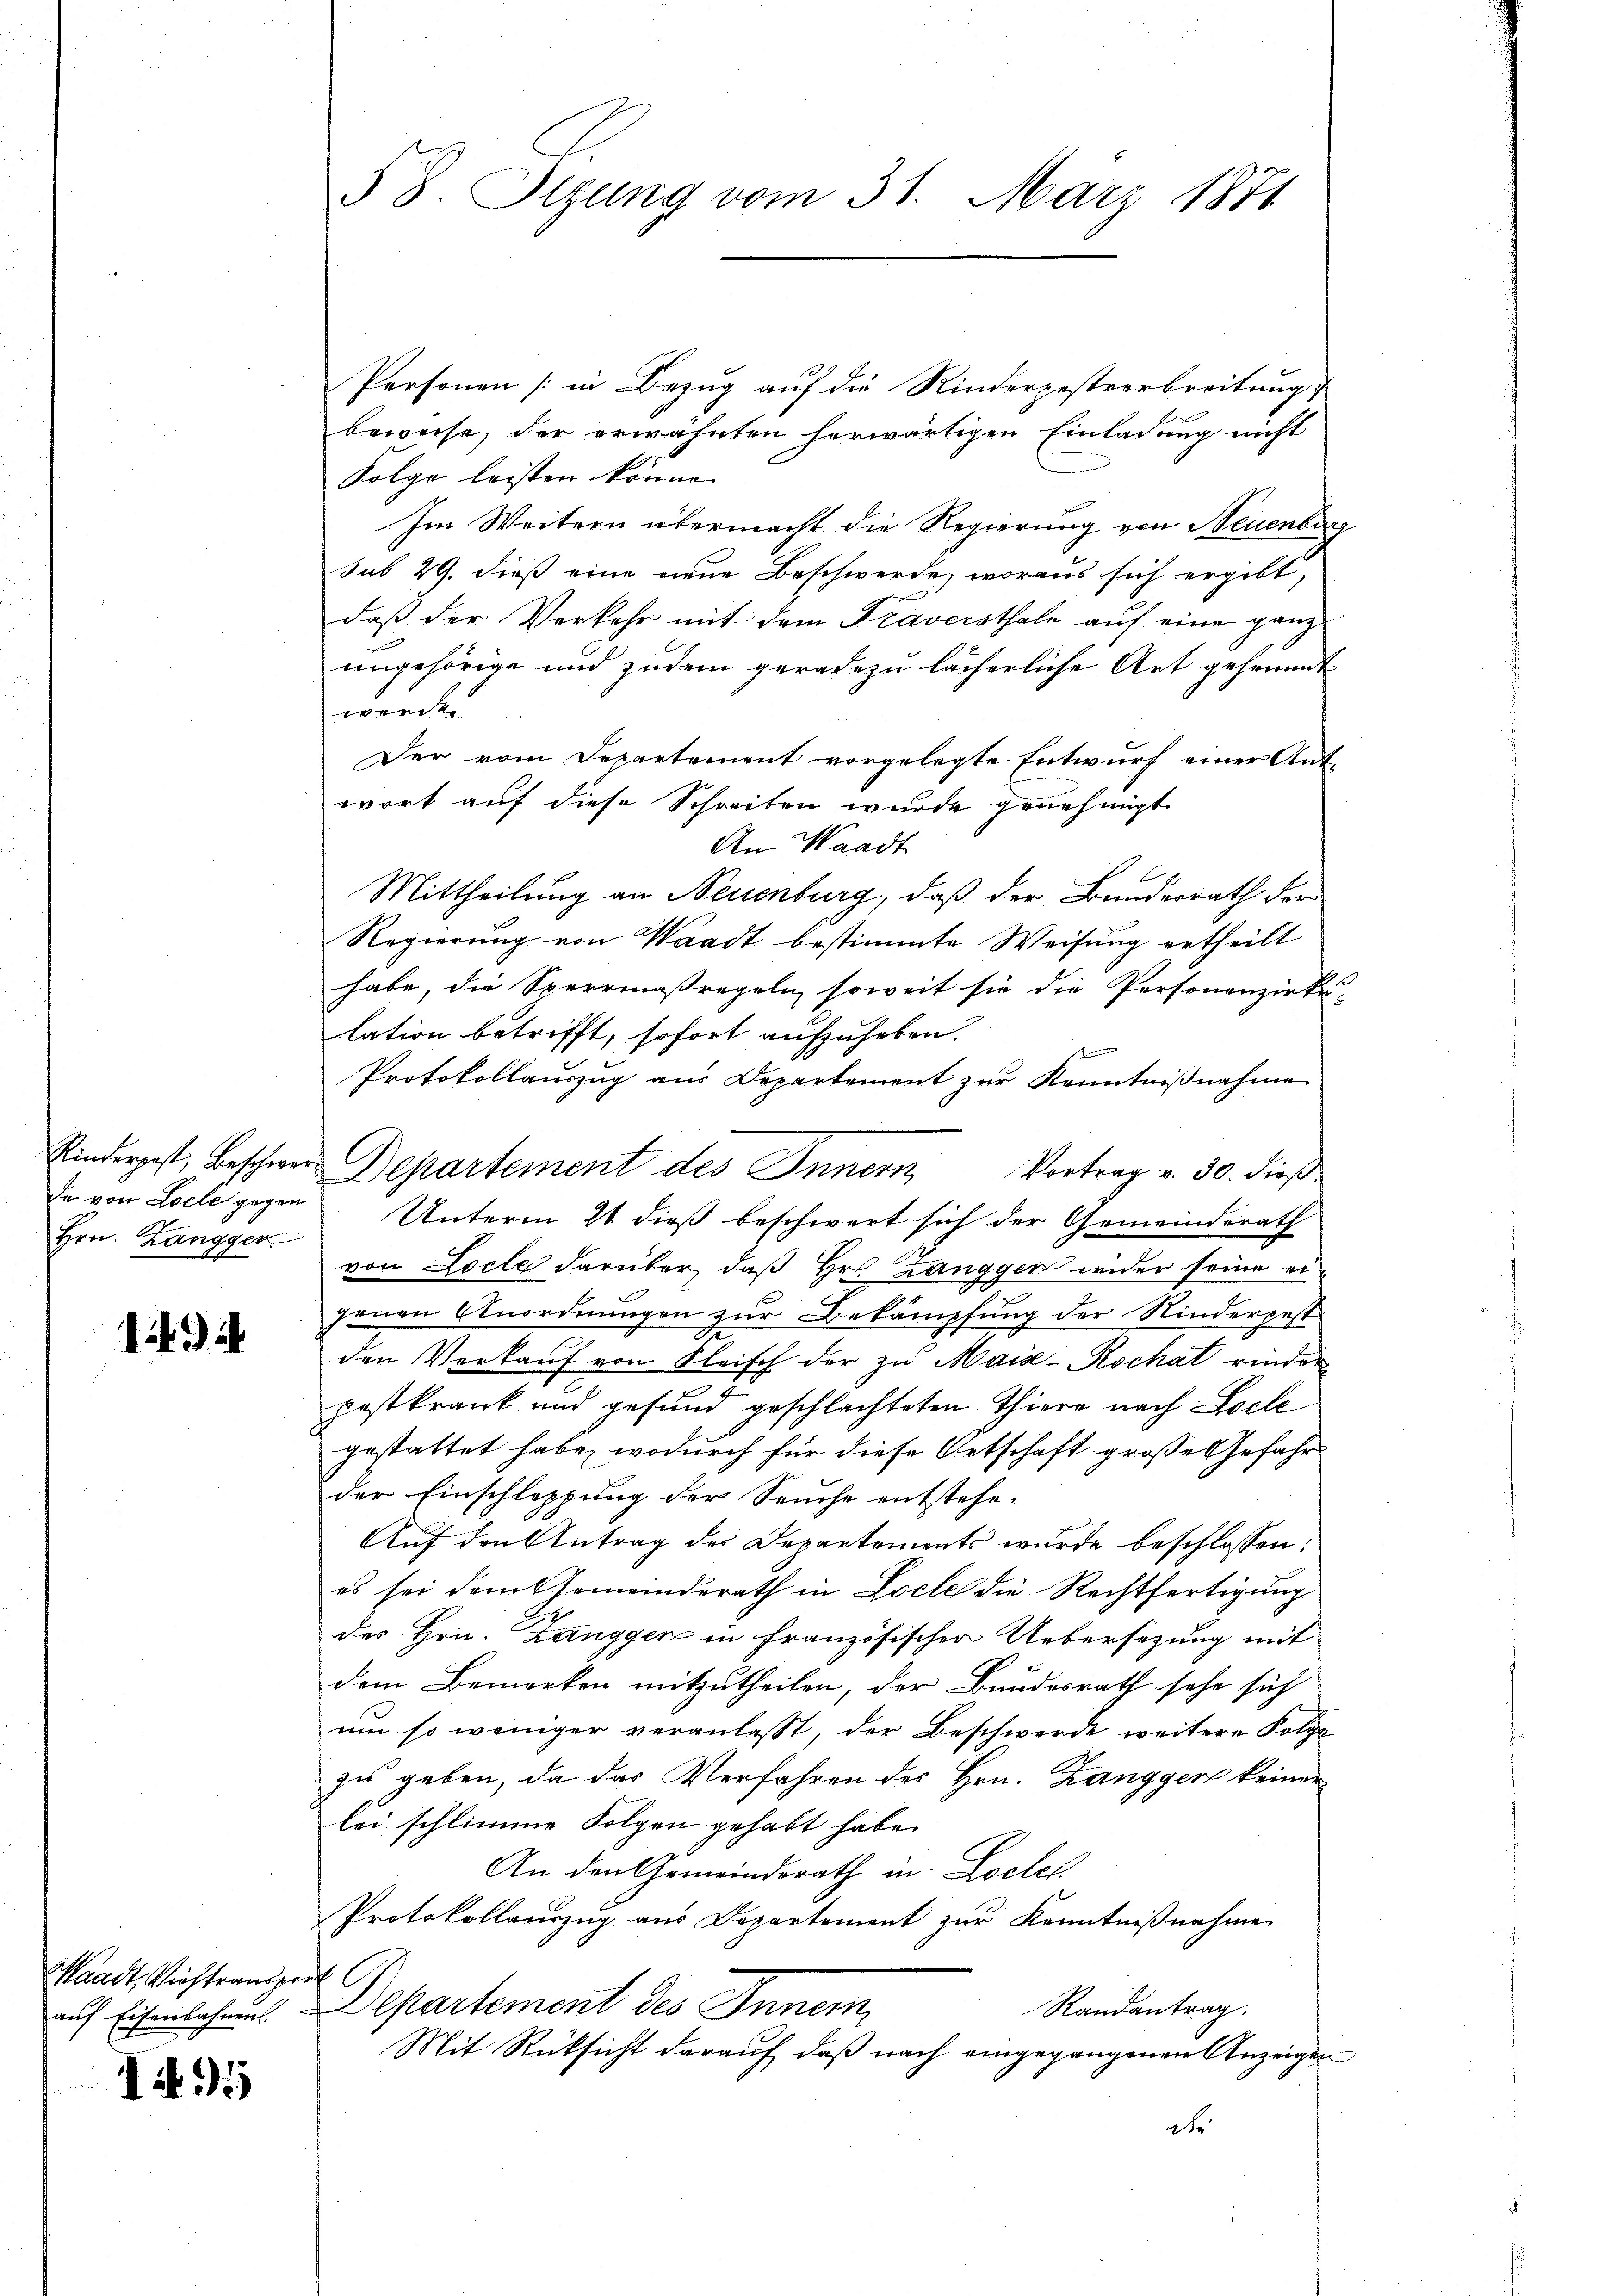
de von Loele gegen

1

Waadt, Viehtransport

1495

Personen (in Bezug auf die Rinderzestverbreitung
beweise, der erwähnten herwärtigen Einladung nicht
Folge leisten könne.
Im Weitern übermacht die Regierung von Neuenbur
sub 29. dieß eine neue Beschwerde, woraus sich ergibt,
daß der Verkehr mit dem Traversthale auf eine ganz
ungehörige und zudem geradezu lächerliche Art gefründt
werde.
Der vom Departement vorgelegte Entwurf einer Ant-
wort auf diese Schreiben wurde genehmigt.
An Waadt
Mittheilung an Neuenburg, daß der Bundesrath der
Regierung von Waadt bestimmte Weisung ertheilt
habe, die Sperrmaßregeln, soweit sie die Personenzirke
lation betrifft, sofort aufzuheben.
f
Protokollauszug aus Departement zur Kenntniβnahme
Kinderpest, beschwer Departement des Innern,
Vortrag v. 30. dieß
Hrn. Zangger Unterm 21 dieß beschwert sich der Gemeinderath
3
von Locle darüber, daß Hr. Zangger wider seine eigenen Anordnungen zur Bekämpfung der Kindergest
i
den Verkauf von Fleisch der zu Mais-Rochat rinder
postkrank und gesund geschlachteten Thiere nach Loche
gestattet habe, wodurch für diese Ortschaft große Gefahr
der Einschleppung der Seuche entstehe.
Auf den Antrag des Departements wurde beschlossen:
es sei dem Gemeinderath in Loche die Rechtfertigung
des Hrn. Zangger in Französischen Uebersezung mit
dem Bemerken mitzutheilen, der Bundesrath sehe sich
um so weniger veranlasst, der Beschwerde weitere Folge
zes geben, da das Verfahren des Hrn. Zangger keiner
lei schlimme Folgen gehabt habe.
An den Gemeindsrath in Lochel
Protokollauszug aus Departement zur Kenntnißnahme
Randantrag.
auf Eisenbahrens partement des Innern,
Mit Rücksicht darauf, daß nach eingegangenen Anzeigen
de

§ 8. Sizung vom 31. März 1871